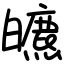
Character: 皫